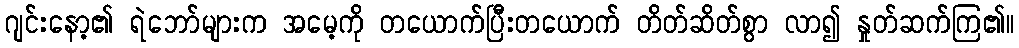
ဂျင်းနော့၏ ရဲဘော်များက အမေ့ကို တယောက်ပြီးတယောက် တိတ်ဆိတ်စွာ လာ၍ နှုတ်ဆက်ကြ၏။